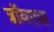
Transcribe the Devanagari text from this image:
ट्रॉयएज